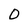
Character: O